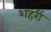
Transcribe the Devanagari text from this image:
शहरीं